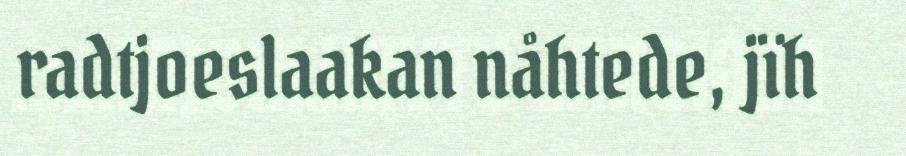
radtjoeslaakan nåhtede, jïh